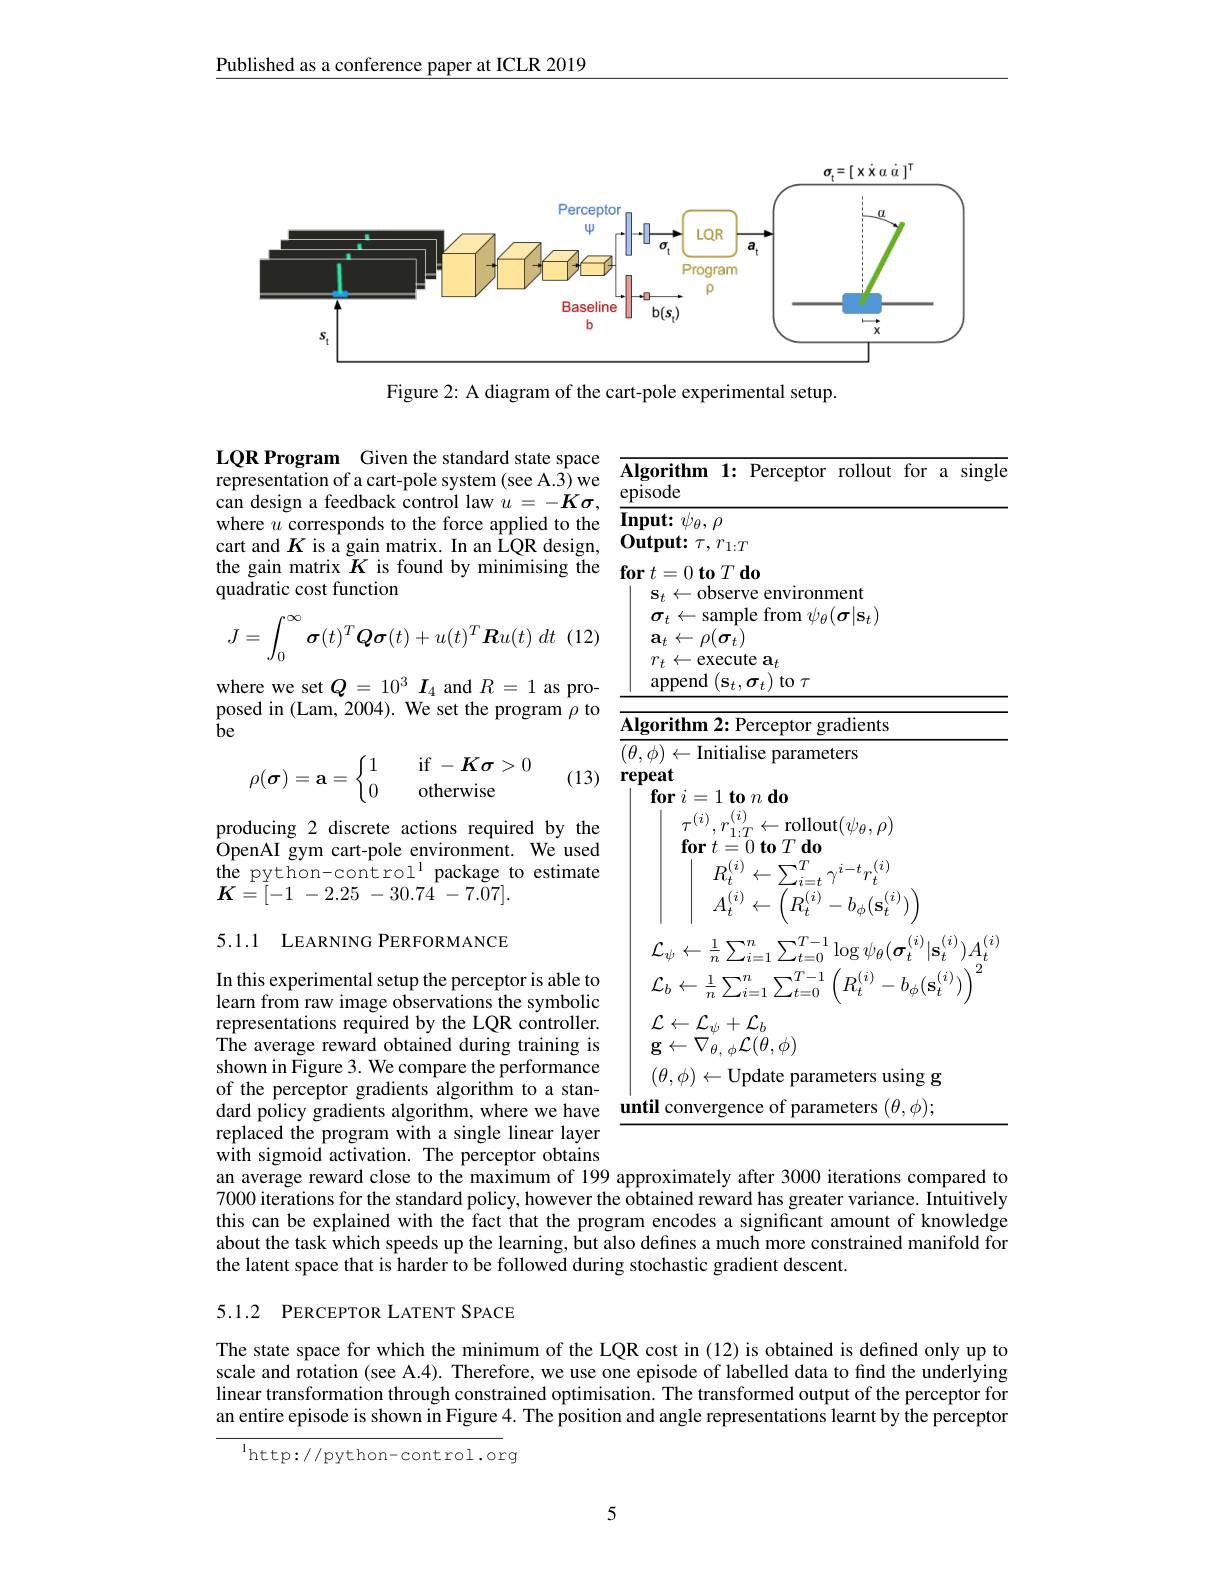
Published as a conference paper at ICLR 2019

<FigureHere>

Figure 2: A diagram of the cart-pole experimental setup.

LQR Program Given the standard state space representation of a cart-pole system (see A.3) we can design a feedback control law $u=-K\sigma$, where $u$ corresponds to the force applied to the cart and $K$ is a gain matrix. In an ÎQR design, the gain matrix $K$ is found by minimising the quadratic cost function

<table>
	<tbody>
		<tr>
			<th>$\mathbf{Algorithm}$ $\textbf{1: 1: F}$ Perceptor $Tc$ episode</th>
			<th>$\mathbf{Algorith}$ episode</th>
			<th>for rollout</th>
			<th>$\sin$gle</th>
		</tr>
		<tr>
			<td>PISUUC $\mathbf{Input:}\psi_{\theta},\rho$ $\textbf{Output: }\tau , r_{1: T}$ $\textbf{for}t= 0\textbf{to}T\textbf{do}$ $\mathbf{s}_{t}\leftarrow$observe e environme sample from $\psi_\theta(\boldsymbol{\sigma}$ $\sigma_{t}\leftarrow$ - $\rho ( \sigma _{t})$ $\mathbf{a}_{t}\leftarrow$ $r_{t}\leftarrow$execute a$_t$ ${\mathrm{append}}\left(\mathbf{s}_{t},\boldsymbol{\sigma}_{t}\right)$to$\tau$ Algorithm 2: Perceptor grad 1 </td>
			<td>Prsuuc $\textbf{Input: }u$ Output: for $t=0$ $\mathbf{S}_{t}$ $\sigma_{t}$ 1 $\mathbf{a}_{t}$ $\leftarrow$ $r_{t}$ appe $\mathbf{Algorith}$</td>
			<td>$1ent$ $\sigma|\mathbf{s}_t)$ adients ers</td>
			<td> </td>
		</tr>
		<tr>
			<td>$\mathbf{Input:}$ $:\psi_{\theta},\rho$ $\mathbf{Output:}$ $:\tau,r_{1:T}$</td>
			<td>$Input:$ $\mathbf{Output:}$</td>
			<td> </td>
			<td> </td>
		</tr>
	</tbody>
</table>

(12.
$$J=\int_0^\infty\boldsymbol{\sigma}(t)^T\boldsymbol{Q}\boldsymbol{\sigma}(t)+u(t)^T\boldsymbol{R}u(t)\:dt$$
where we set $Q=10^3\textbf{I}_4$ and $R=1$ as proposed in (Lam, 2004). We set the program $\rho$ to be
$$\rho(\boldsymbol{\sigma})=\mathbf{a}=\left\{\begin{matrix}1&\quad\text{if}-\boldsymbol{K}\boldsymbol{\sigma}>0\\0&\quad\text{otherwise}\end{matrix}\right.$$
(13)

producing 2 discrete actions required by the OpenAI gym cart-pole environment. We used the python-control$^{1}$ package to estimate $\boldsymbol{K}= [ - 1$ - 2.25 - $30. 7\dot{4}$ - $7. \tilde{0} 7] .$

5.1.1 LEARNING PERFORMANCE

In this experimental setup the perceptor is able to learn from raw image observations the symbolic representations required by the LQR controller. The average reward obtained during training is shown in Figure 3. We compare the performance of the perceptor gradients algorithm to a standard policy gradients algorithm, where we have replaced the program with a single linear layer with sigmoid activation. The perceptor obtains an average reward close to the maximum of 199 approximately after 3000 iterations compared to

7000 iterations for the standard policy, however the obtained reward has greater variance. Intuitively this can be explained with the fact that the program encodes a significant amount of knowledge about the task which speeds up the learning, but also defines a much more constrained manifold for the latent space that is harder to be followed during stochastic gradient descent.

## 5.1.2 PERCEPTOR LATENT SPACE

The state space for which the minimum of the LQR cost in (12) is obtained is defined only up to scale and rotation (see A.4). Therefore, we use one episode of labelled data to find the underlying linear transformation through constrained optimisation. The transformed output of the perceptor for an entire episode is shown in Figure 4. The position and angle representations learnt by the perceptor

$^{1}$http://python-control.org

5